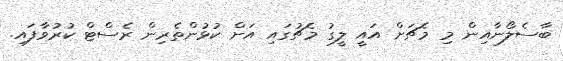
ބާސެލޯނާއިން މި މެޗަށް އައީ ލީގު މެޗުގައި އަށް ކުޅުންތެރިން ރެސްޓް ކުރުވާފައި.